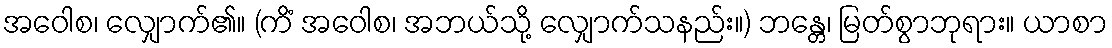
အဝေါစ၊ လျှောက်၏။ (ကိံ အဝေါစ၊ အဘယ်သို့ လျှောက်သနည်း။) ဘန္တေ၊ မြတ်စွာဘုရား။ ယာစာ